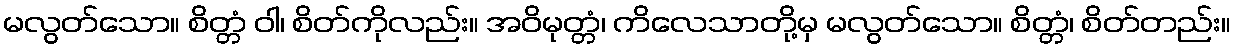
မလွတ်သော။ စိတ္တံ ဝါ၊ စိတ်ကိုလည်း။ အဝိမုတ္တံ၊ ကိလေသာတို့မှ မလွတ်သော။ စိတ္တံ၊ စိတ်တည်း။